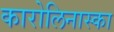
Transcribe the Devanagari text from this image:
कारोलिनास्का